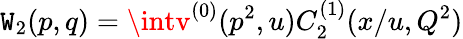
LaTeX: \mathtt{W}_{2}(p,q)=\intv^{(0)}(p^{2},u)C_{2}^{(1)}(x/u,Q^{2})